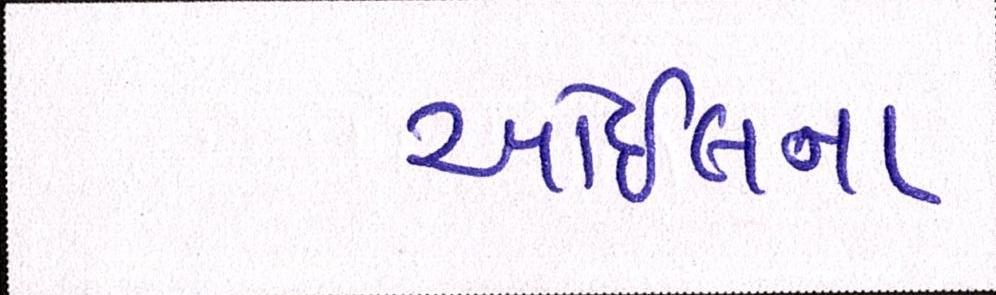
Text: ઓઇલના